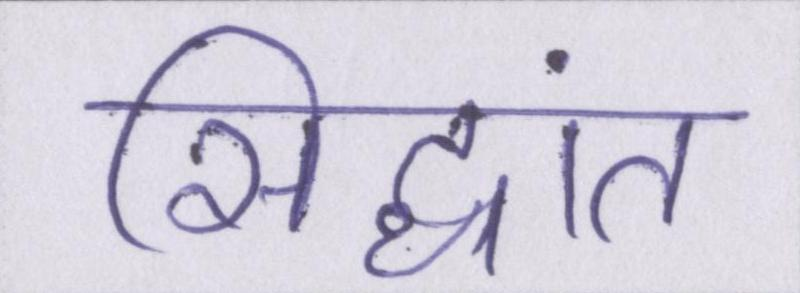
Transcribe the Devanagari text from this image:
सिद्धांत